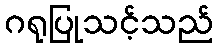
ဂရုပြုသင့်သည်